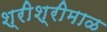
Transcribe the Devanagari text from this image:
श्रीश्रीमाळ